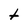
Character: t